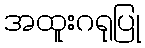
အထူးဂရုပြု